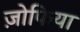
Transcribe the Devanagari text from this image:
ज़ोफिया